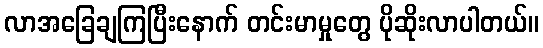
လာအခြေချကြပြီးနောက် တင်းမာမှုတွေ ပိုဆိုးလာပါတယ်။